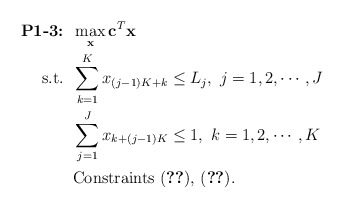
\begin{align*}\mbox{\textbf{P1-3:}} &\;\; \max_{\mathbf{x}} \mathbf{c}^T \mathbf{x} \\\mbox{s.t.} &\;\; \sum_{k=1}^K x_{(j-1)K+k} \leq L_j,~j=1,2,\cdots,J \\ &\;\; \sum_{j=1}^J x_{k+(j-1)K} \leq 1,~k=1,2,\cdots,K \\ &\;\; \mbox{Constraints (\ref{eqn:mmhn95}),~(\ref{eqn:mmhn80})}. \end{align*}